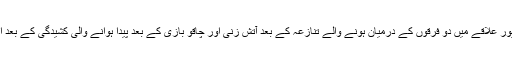
اترپردیش میں الہ آباد کے گھورپور علاقے میں دو فرقوں کے درمیان ہونے والے تنازعہ کے بعد آتش زنی اور چاقو بازی کے بعد پیدا ہوانے والی کشیدگی کے بعد اب صورت حال کنٹرول میں ہے۔